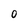
Character: 0